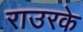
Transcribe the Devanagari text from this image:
राउरके